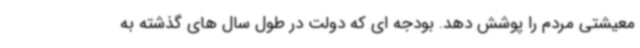
معیشتی مردم را پوشش دهد. بودجه ای که دولت در طول سال های گذشته به